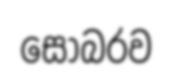
සෝබරව